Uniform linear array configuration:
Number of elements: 4
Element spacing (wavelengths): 1
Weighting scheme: exponential
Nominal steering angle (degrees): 60
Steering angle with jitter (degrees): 58.455
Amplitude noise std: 0.05
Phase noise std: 0.05

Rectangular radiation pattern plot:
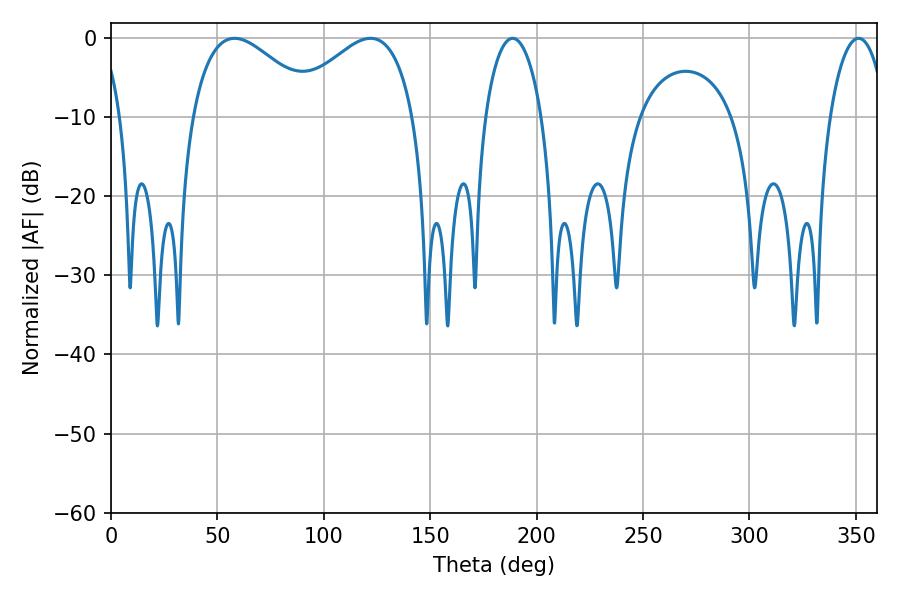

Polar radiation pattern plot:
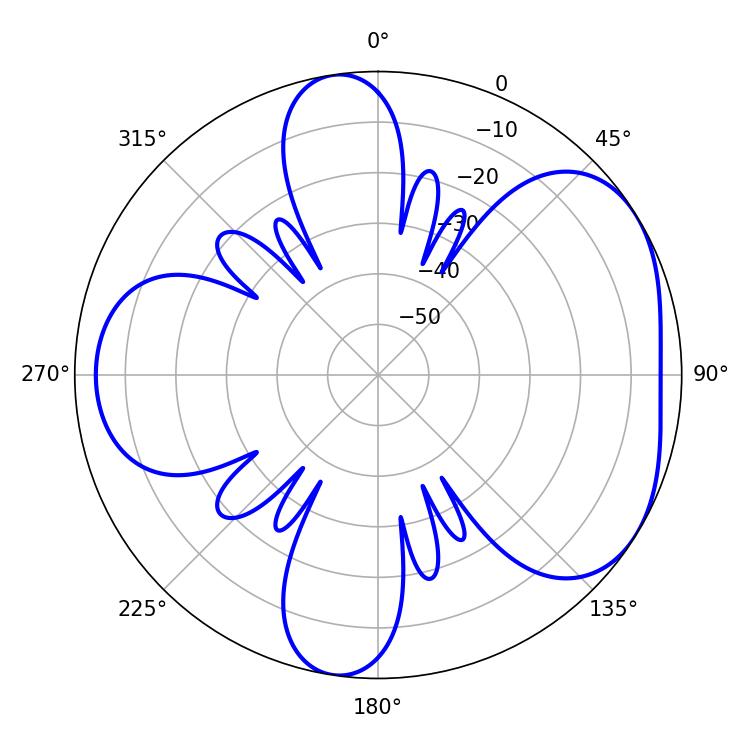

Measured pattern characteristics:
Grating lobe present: TRUE
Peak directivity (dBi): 4.555
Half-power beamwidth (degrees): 32.22
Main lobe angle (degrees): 57.96